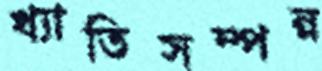
খ্যাতিসম্পন্ন